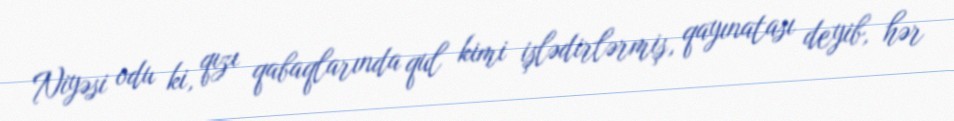
Niyəsi odu ki, qızı qabaqlarında qul kimi işlədirlərmiş, qayınatası deyib, hər